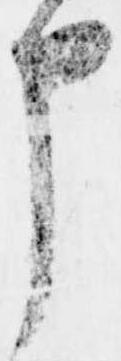
申